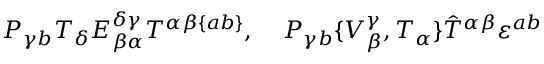
{ \cal P } _ { \gamma b } T _ { \delta } E _ { \beta \alpha } ^ { \delta \gamma } T ^ { \alpha \beta \{ a b \} } , \; \; \; \; { \cal P } _ { \gamma b } \{ V _ { \beta } ^ { \gamma } , T _ { \alpha } \} \hat { T } ^ { \alpha \beta } \varepsilon ^ { a b }